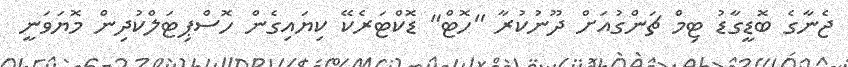
ޖެނާގެ ބޮޑީގާޑު ޓިމް ޗަންގުއަށް ދޫނުކުރާ "ހޮޓް" ޑޮކްޓަރެކޭ ކިޔައިގެން ހޮސްޕިޓަލްކުދިން މޮޔަވަނީ